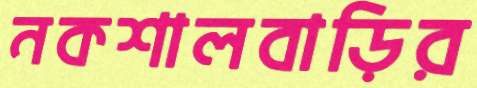
নকশালবাড়ির